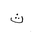
Letter: _tha